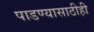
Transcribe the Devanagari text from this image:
पाडण्यासाठीही